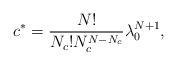
LaTeX: \begin{align*} c^*=\frac{N!}{N_c!N_c^{N-N_c}}\lambda_{0}^{N+1}, \end{align*}